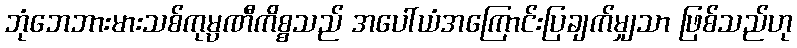
ဘုံဘေဘားမားသစ်ကုမ္ပဏီကိစ္စသည် အပေါ်ယံအကြောင်းပြချက်မျှသာ ဖြစ်သည်ဟု